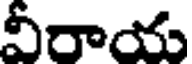
వీరాయ